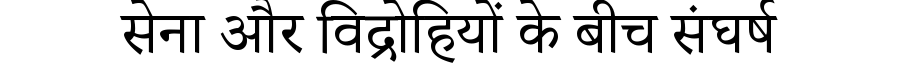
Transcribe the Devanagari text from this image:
सेना और विद्रोहियों के बीच संघर्ष